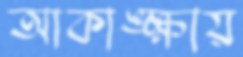
আকাঙ্ক্ষায়